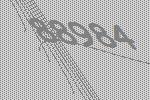
88984